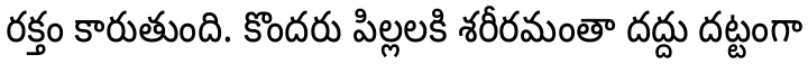
రక్తం కారుతుంది. కొందరు పిల్లలకి శరీరమంతా దద్దు దట్టంగా